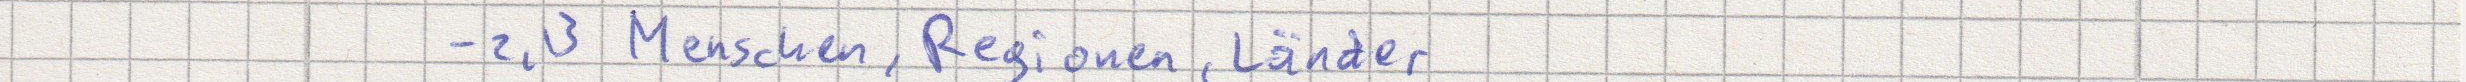
- z.B Menschen, Regionen, Länder